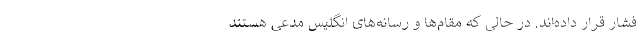
فشار قرار داده‌اند. در حالی که مقام‌ها و رسانه‌های انگلیس مدعی هستند